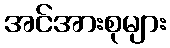
အင်အားစုများ